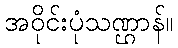
အဝိုင်းပုံသဏ္ဌာန်။